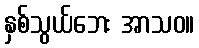
နှစ်သွယ်ဘေး အာသဝ။